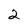
Character: 2